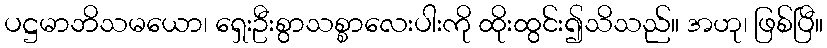
ပဋ္ဌမာဘိသမယော၊ ရှေးဦးစွာသစ္စာလေးပါးကို ထိုးထွင်း၍သိသည်။ အဟု၊ ဖြစ်ပြီ။